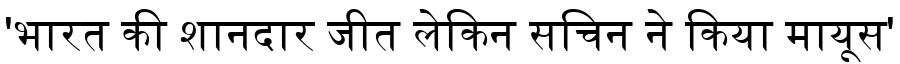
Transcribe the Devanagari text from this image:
'भारत की शानदार जीत लेकिन सचिन ने किया मायूस'